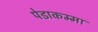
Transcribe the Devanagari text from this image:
पेडाकम्मा